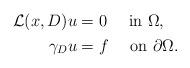
LaTeX: \begin{align*}\begin{aligned}\mathcal{L}(x,D)u &= 0 \quad\mbox{ in }\Omega, \\\gamma_Du &= f \quad\mbox{ on }\partial\Omega. \end{aligned}\end{align*}